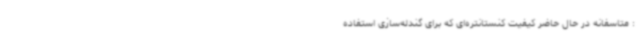
: متاسفانه در حال حاضر کیفیت کنستانتره‌ای که برای گندله‌سازی استفاده